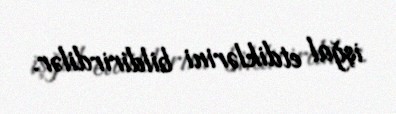
işğal etdiklərini bildirirdilər.